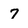
Character: 7